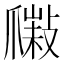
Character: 𤔮